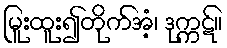
မြူးထူး၍တိုက်အံ့၊ ဒုက္ကဋ်။